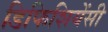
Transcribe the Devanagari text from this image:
डिफिशियेंसी